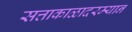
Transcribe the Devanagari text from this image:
सत्ताकाळादरम्यान